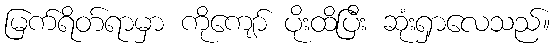
မြက်ရိတ်ရာမှာ ကိုကျော် ပိုးထိပြီး ဆုံးရှာလေသည်။